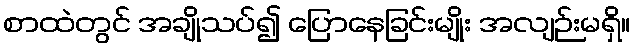
စာထဲတွင် အချိုသပ်၍ ပြောနေခြင်းမျိုး အလျဉ်းမရှိ။